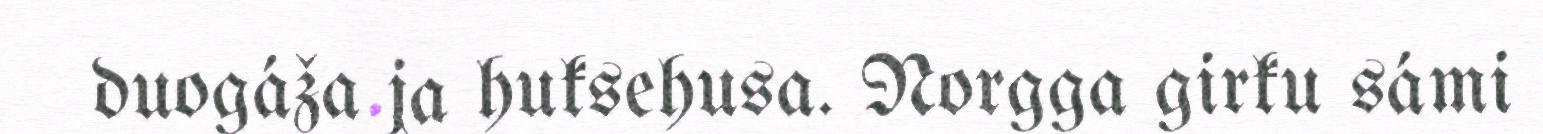
duogáža ja huksehusa. Norgga girku sámi